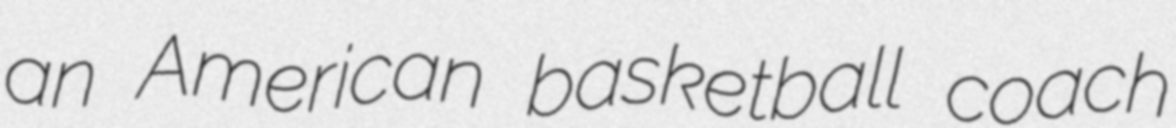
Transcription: an American basketball coach